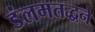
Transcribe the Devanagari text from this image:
डंलमतद्धने